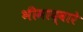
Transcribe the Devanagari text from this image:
भीमाद्वारे